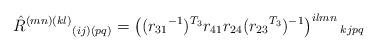
LaTeX: \begin{align*}\hat{R}^{(mn)(kl)}{}_{(ij)(pq)} = \left(({r_{31}}^{-1})^{T_{3}} r_{41} r_{24}({r_{23}}^{T_{3}})^{-1}\right)^{ilmn}{}_{kjpq}\end{align*}